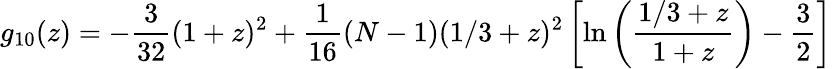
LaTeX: g_{10}(z)=-\frac{3}{32}(1+z)^{2}+\frac{1}{16}(N-1)(1/3+z)^{2}\left[\ln\left(\frac{1/3+z}{1+z}\right)-\frac{3}{2}\right]